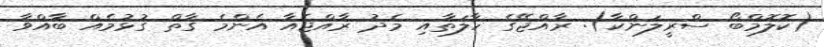
(ކޮލޮމްބޯ ސްރީލަންކާ): ރާއްޖޭގެ ހާލަތާއި މެދު ރާއްޖެއާ އެންމެ ގާތް ގުޅުމެއް ބާއްވާ